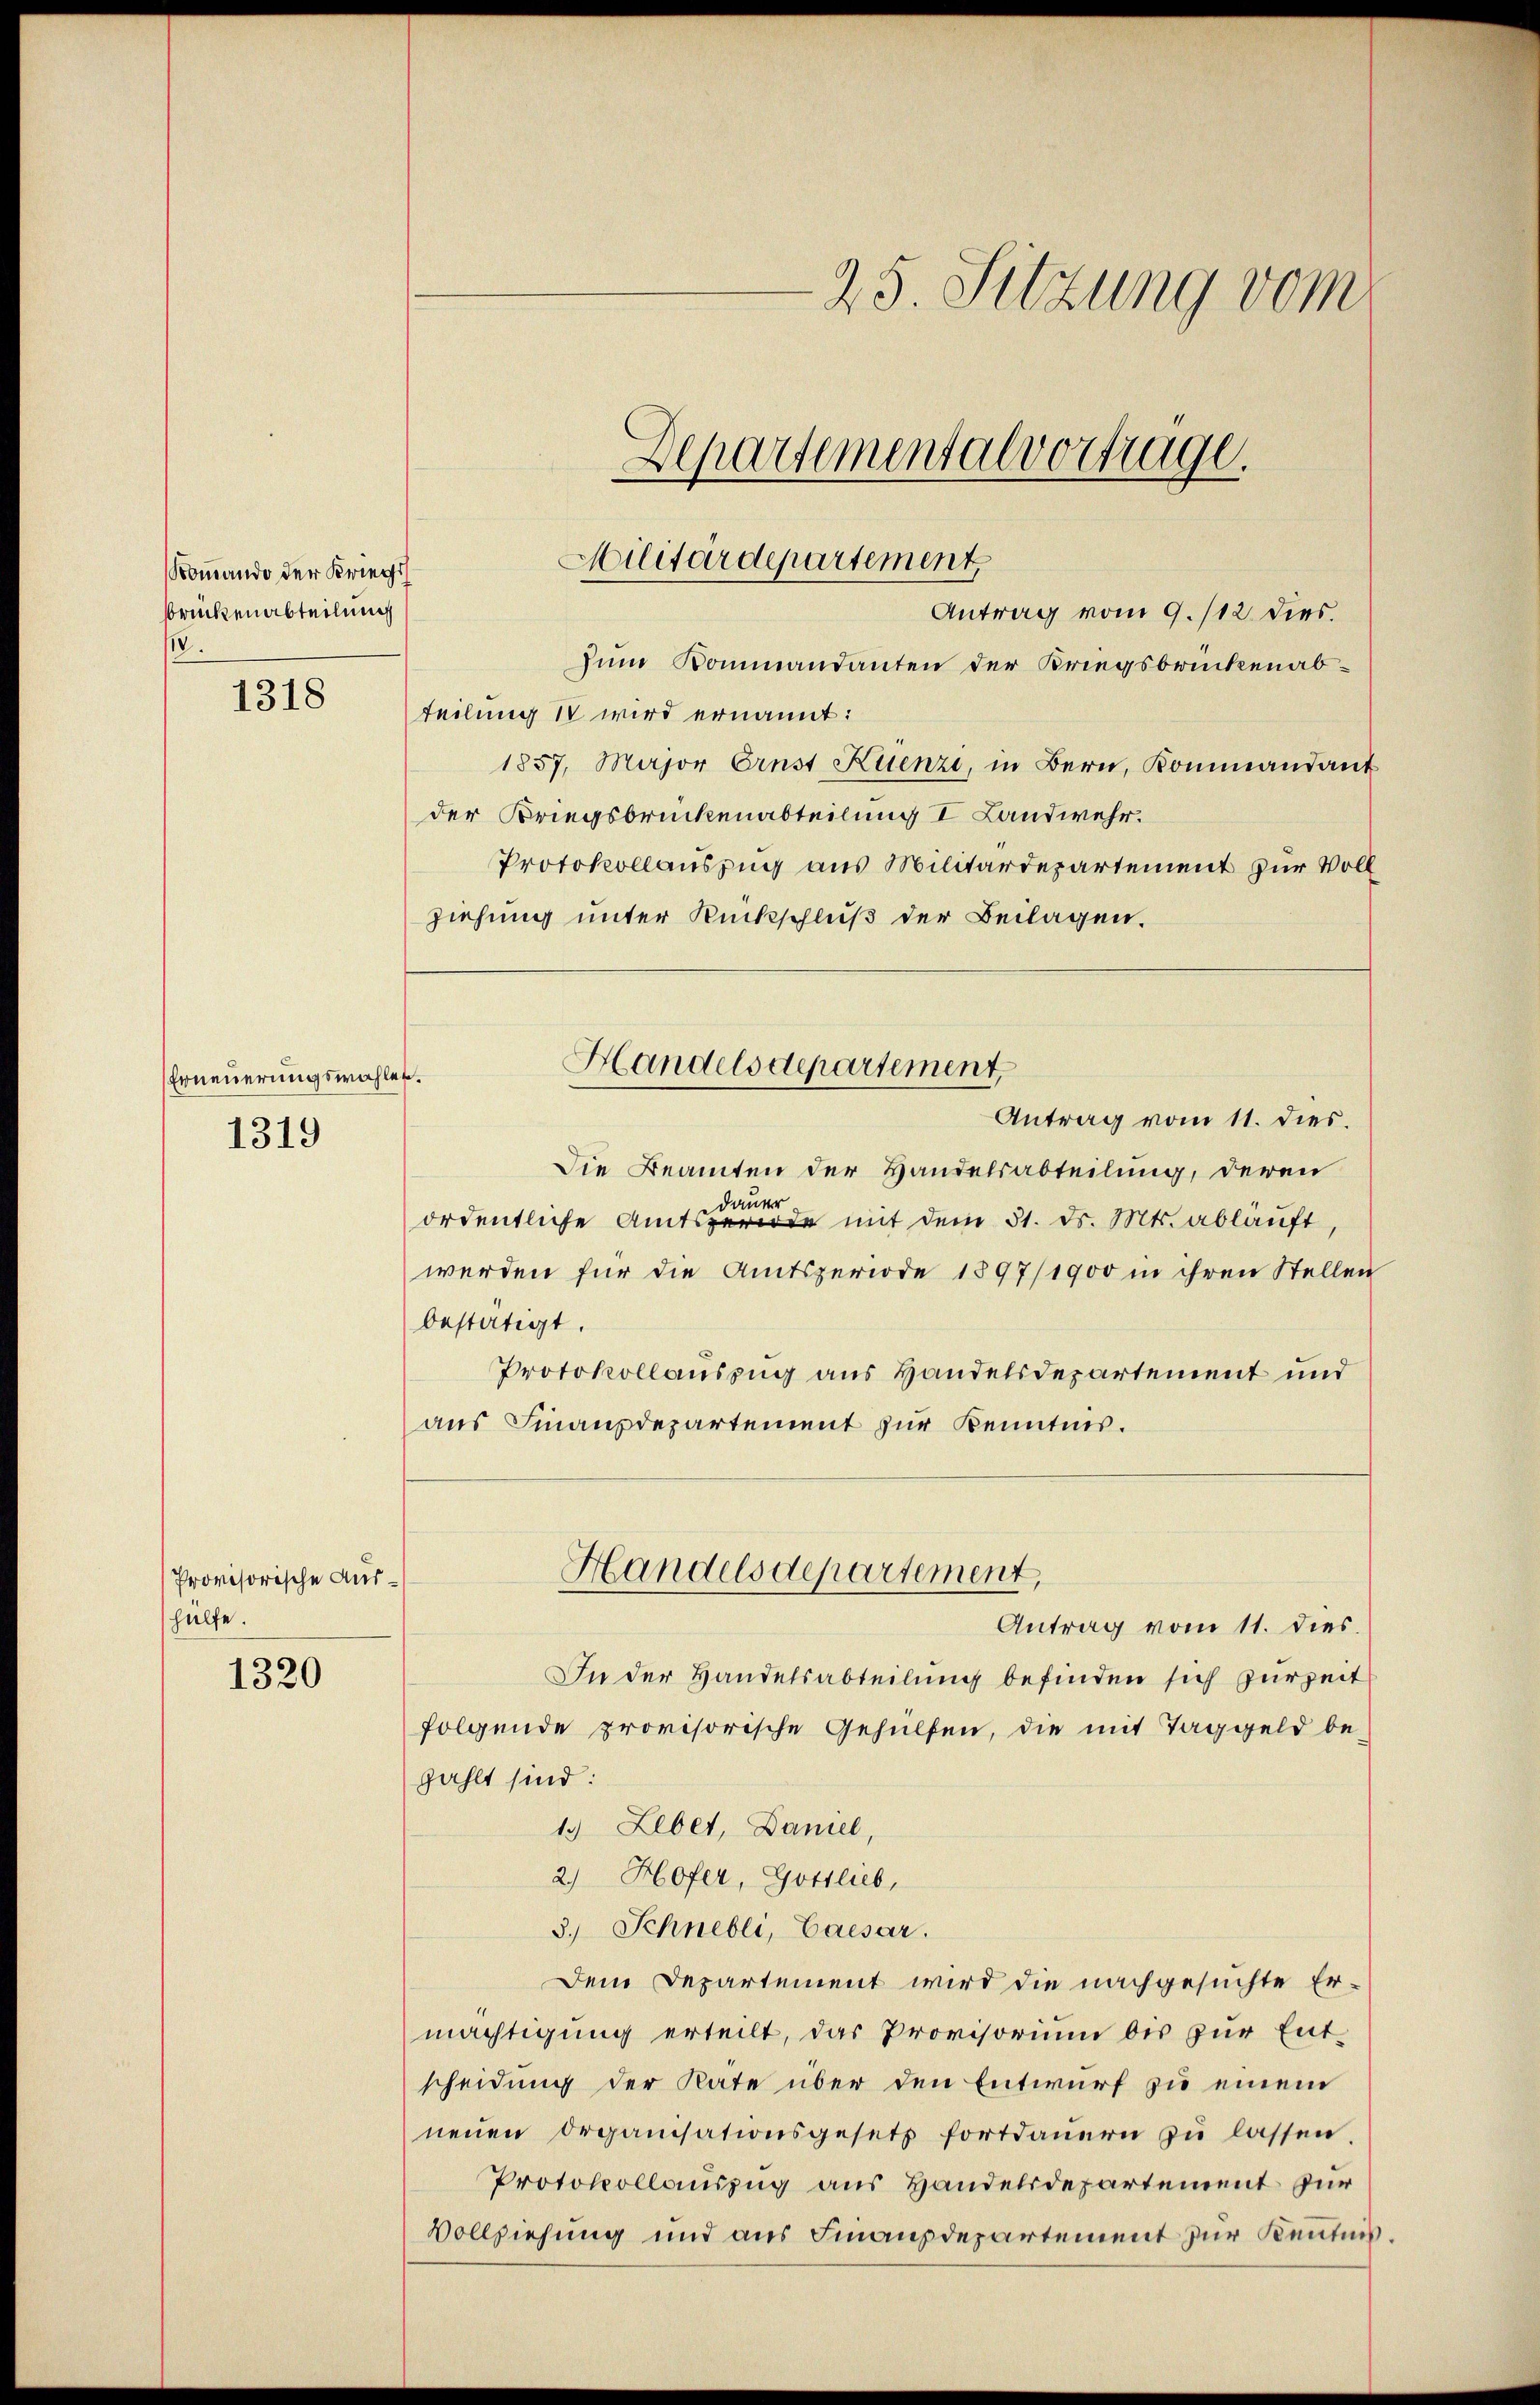
Romando der Kriegs
Brückenabteilung
.

1318

Erneuerungswahler.
1319

Provisorische Aushülfe.

1320

Antrag vom 9./12. dies

25. Sitzung vom
Departementalvertrage.
Militärdepartement

zum Kommandanten der Kriegsbrückenabteilung IV wird ernannt:
1857, Major Ernst Krenzi, in Bern, Kommandant
der Kriegsbrückenabteilung I Landwehr.
Protokollauszug aus Militärdepartement zur Voll
ziehung unter Rückschluß der Beilagen.
Antrag vom 11. dies.
Die Beamten der Handelsabteilung, deren
dauer
ordentliche Amtsgerie mit dem 31. d. Mts. abläuft,
werden für die Amtsperiode 1897/1900 in ihren Stellen
bestätigt.
Protokollauszug aus Handelsdepartement und
aus Finanzdepartement zur Kenntnis.
Handelsdepartement,
Antrag vom 11. dies
In der Handelsabteilung befinden sich zurzeit
folgende provisorische Gehülfen, die mit Taggeld be-
zahlt sind:
1.) Leber, Daniel,
2) Hofer, Gottlieb,
3. Schnebli, Caesar.
Dem Departement wird die nachgesuchte Er-
mächtigung erteilt, das Provisorium bis zur Entscheidung der Rate über den Entwurf zu einem
neŭen Organisationsgesetz fortdauern zŭ lassen.
Protokollauszug aus Handelsdepartement zur
Vollziehung und aus Finanzdepartement zur Kenntnis.

Handelsdepartement,